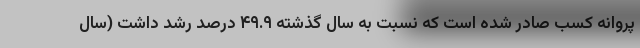
پروانه کسب صادر شده است که نسبت به سال گذشته ۴۹.۹ درصد رشد داشت (سال